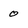
Character: 0